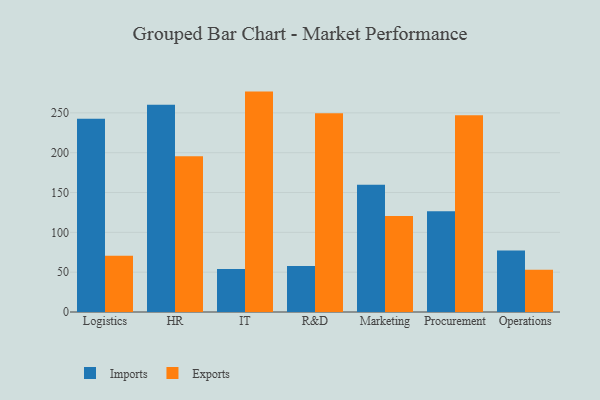
{"axis": {"x": "Department", "y": "Revenue (USD Million)"}, "legend": ["Exports", "Imports"], "data": [{"x": "Logistics", "y": 242.7, "type": "Imports"}, {"x": "Logistics", "y": 70.6, "type": "Exports"}, {"x": "HR", "y": 260.1, "type": "Imports"}, {"x": "HR", "y": 195.6, "type": "Exports"}, {"x": "IT", "y": 54.0, "type": "Imports"}, {"x": "IT", "y": 276.7, "type": "Exports"}, {"x": "R&D", "y": 57.7, "type": "Imports"}, {"x": "R&D", "y": 249.6, "type": "Exports"}, {"x": "Marketing", "y": 159.8, "type": "Imports"}, {"x": "Marketing", "y": 120.6, "type": "Exports"}, {"x": "Procurement", "y": 126.5, "type": "Imports"}, {"x": "Procurement", "y": 246.9, "type": "Exports"}, {"x": "Operations", "y": 77.2, "type": "Imports"}, {"x": "Operations", "y": 52.9, "type": "Exports"}]}